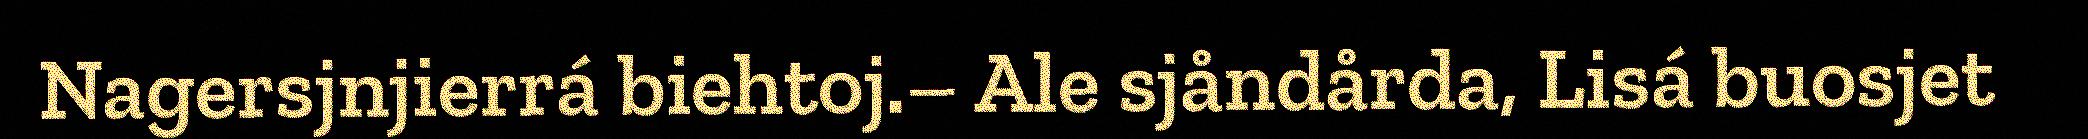
Nagersjnjierrá biehtoj.– Ale sjåndårda, Lisá buosjet